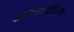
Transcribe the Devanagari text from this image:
अन्ययव्यतिरेक